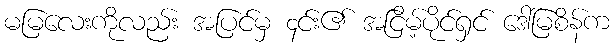
မမြလေးကိုလည်း အပြင်မှ ၄င်း၏ အငြိမ့်ပိုင်ရှင် ဒေါ်မြစိန်က